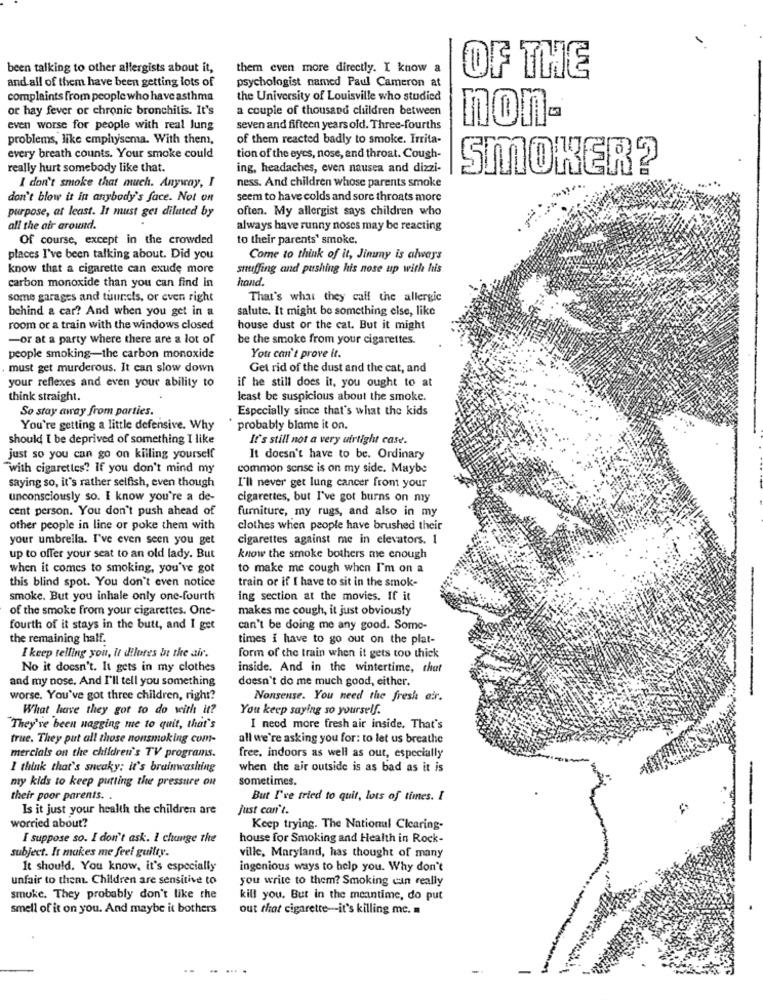
been talking to other allergists about it,
them even more directly. I know a
and all of them have been getting lots of
OF THE
psychologist named Paul Cameron at
complaints from people who have asthma
the University of Louisville who studied
or hay fever or chronic bronchitis. It's
a couple of thousand children between
non-
even worse for people with real lung
seven and fifteen years old. Three-fourths
problems, like emphysema. With them,
of them reacted badly to smoke. Irrita-
every breath counts. Your smoke could
tion of the eyes, nose, and throat. Cough-
really hurt somebody like that
ing, headaches, even nausea and dizzi-
SMOKER?
ness. And children whose parents smoke
I don't smoke that much. Anyway, I
don't blow it in anybody's face. Not on
seem to have colds and sore throats more
purpose, at least. It must get diluted by
often. My allergist says children who
all the air around.
always have runny noses may be reacting
Of course, except in the crowded
to their parents' smoke.
places I've been talking about. Did you
Come to think of it, Jimmy is always
know that a cigarette can exude more
snuffing and pushing his nose up with his
carbon monoxide than you can find in
hand.
some garages and tuunets, or even right
That's what they call the allergic
behind a car? And when you get in a
salute. It might be something else, like
room or a train with the windows closed
house dust or the cat. But it might
-or at a party where there are a lot of
be the smoke from your cigarettes.
people smoking-the carbon monoxide
Your can't prove it.
must get murderous. It can slow down
Get rid of the dust and the cat, and
your reflexes and even your ability to
if he still does it, you ought to at
think straight.
least be suspicious about the smoke.
So stay away from parties.
Especially since that's what the kids
You're getting a little defensive. Why
probably blame it on.
should I be deprived of something I like
It's still not a very airtight case.
just so you can go on killing yourself
It doesn't have to be. Ordinary
"with cigarettes? If you don't mind my
common sense is on my side. Maybe
saying so, it's rather selfish, even though
I'll never get lung cancer from your
unconsciously so. I know you're a de-
cigarettes, but I've got burns on my
cent person. You don't push ahead of
furniture, my rugs, and also in my
other people in line or poke them with
clothes when people have brushed their
your umbrella. I've even seen you get
cigarettes against me in elevators. 1
up to offer your seat to an old lady. But
know the smoke bothers me enough
when it comes to smoking, you've got
to make me cough when I'm on a
this blind spot. You don't even notice
train or if I have to sit in the smok-
smoke. But you inhale only one-fourth
ing section at the movies. If it
of the smoke from your cigarettes. One-
makes me cough, it just obviously
fourth of it stays in the butt, and I get
can't be doing me any good. Some-
the remaining half.
times i have to go out on the plat-
I keep telling you, it dilutes be the air.
form of the train when it gets too thick
No it doesn't. It gets in my clothes
inside. And in the wintertime, that
and my nose. And I'll tell you something
doesn't do me much good, either.
worse. You've got three children, right?
Nonsense. You need the fresh air.
What have they got to do with it?
You keep saying so yourself.
They've been nagging me to quit, that's
I need more fresh air inside. That's
true. They put all those nonsmoking com-
all we're asking you for: to let us breathe
mercials on the children's TV programs.
free, indoors as well as out, especially
I think that's sneaky; it's brainwashing
when the air outside is as bad as it is
my kids to keep putting the pressure on
sometimes.
their poor parents.
But I've tried to quit, lots of times. I
Is it just your health the children are
Just can't.
worried about?
Keep trying. The National Clearing-
I suppose so. I don't ask. I change the
house for Smoking and Health in Rock-
subject. It makes me feel guilty.
ville, Maryland, has thought of many
It should. You know, it's especially
ingenious ways to help you. Why don't
unfair to them. Children are sensitive to
you write to them? Smoking can really
smoke. They probably don't like the
kill you. But in the meantime, do put
smell of it on you. And maybe it bothers
out that cigarette-it's killing me.
-
-